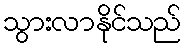
သွားလာနိုင်သည်